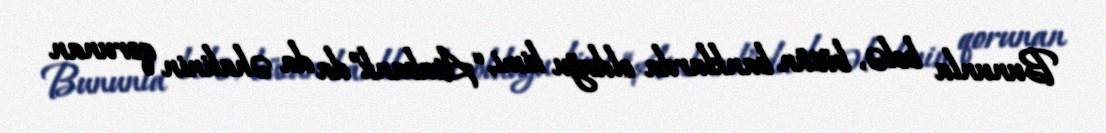
Bununla belə, bütün banklarda olduğu kimi, “Atabank”da da əhalinin qorunan